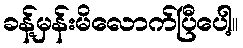
ခန့်မှန်းမိလောက်ပြီပေါ့။